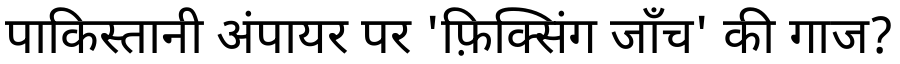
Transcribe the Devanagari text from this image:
पाकिस्तानी अंपायर पर 'फ़िक्सिंग जाँच' की गाज?